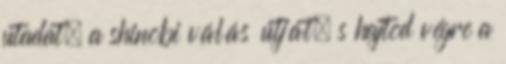
utadat, a shinobi válás útját, s hajtod végre a